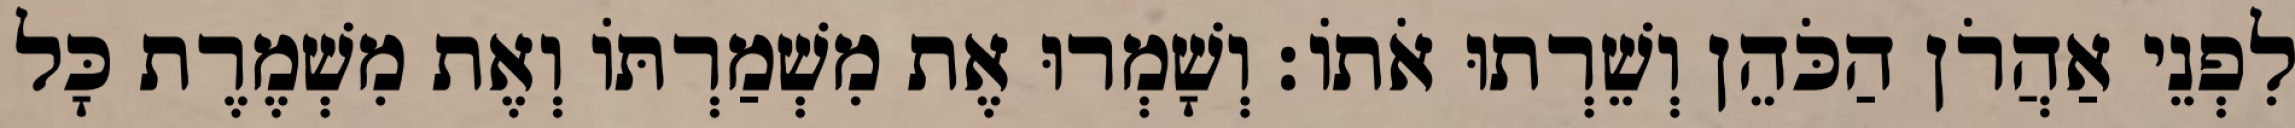
לִפְנֵי אַהֲרֹן הַכֹּהֵן וְשֵׁרְתוּ אֹתוֹ׃ וְשָׁמְרוּ אֶת מִשְׁמַרְתּוֹ וְאֶת מִשְׁמֶרֶת כָּל